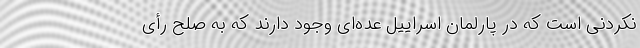
نکردنی است که در پارلمان اسراییل عده‌ای وجود دارند که به صلح رأی